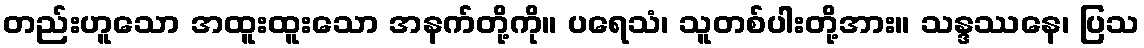
တည်းဟူသော အထူးထူးသော အနက်တို့ကို။ ပရေသံ၊ သူတစ်ပါးတို့အား။ သန္ဒဿနေ၊ ပြသ